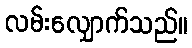
လမ်းလျှောက်သည်။